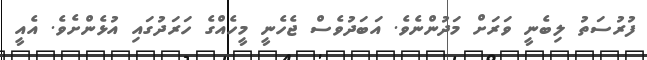
ފުރުސަތު ލިބެނީ ވަރަށް މަދުންނެވެ. އަބަދުވެސް ޖެހެނީ މީހެއްގެ ހަރަދުގައި އުޅެންށެވެ. އެއީ